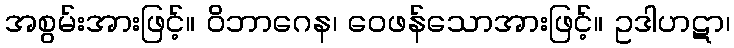
အစွမ်းအားဖြင့်။ ဝိဘာဂေန၊ ဝေဖန်သောအားဖြင့်။ ဥဒါဟဋာ၊